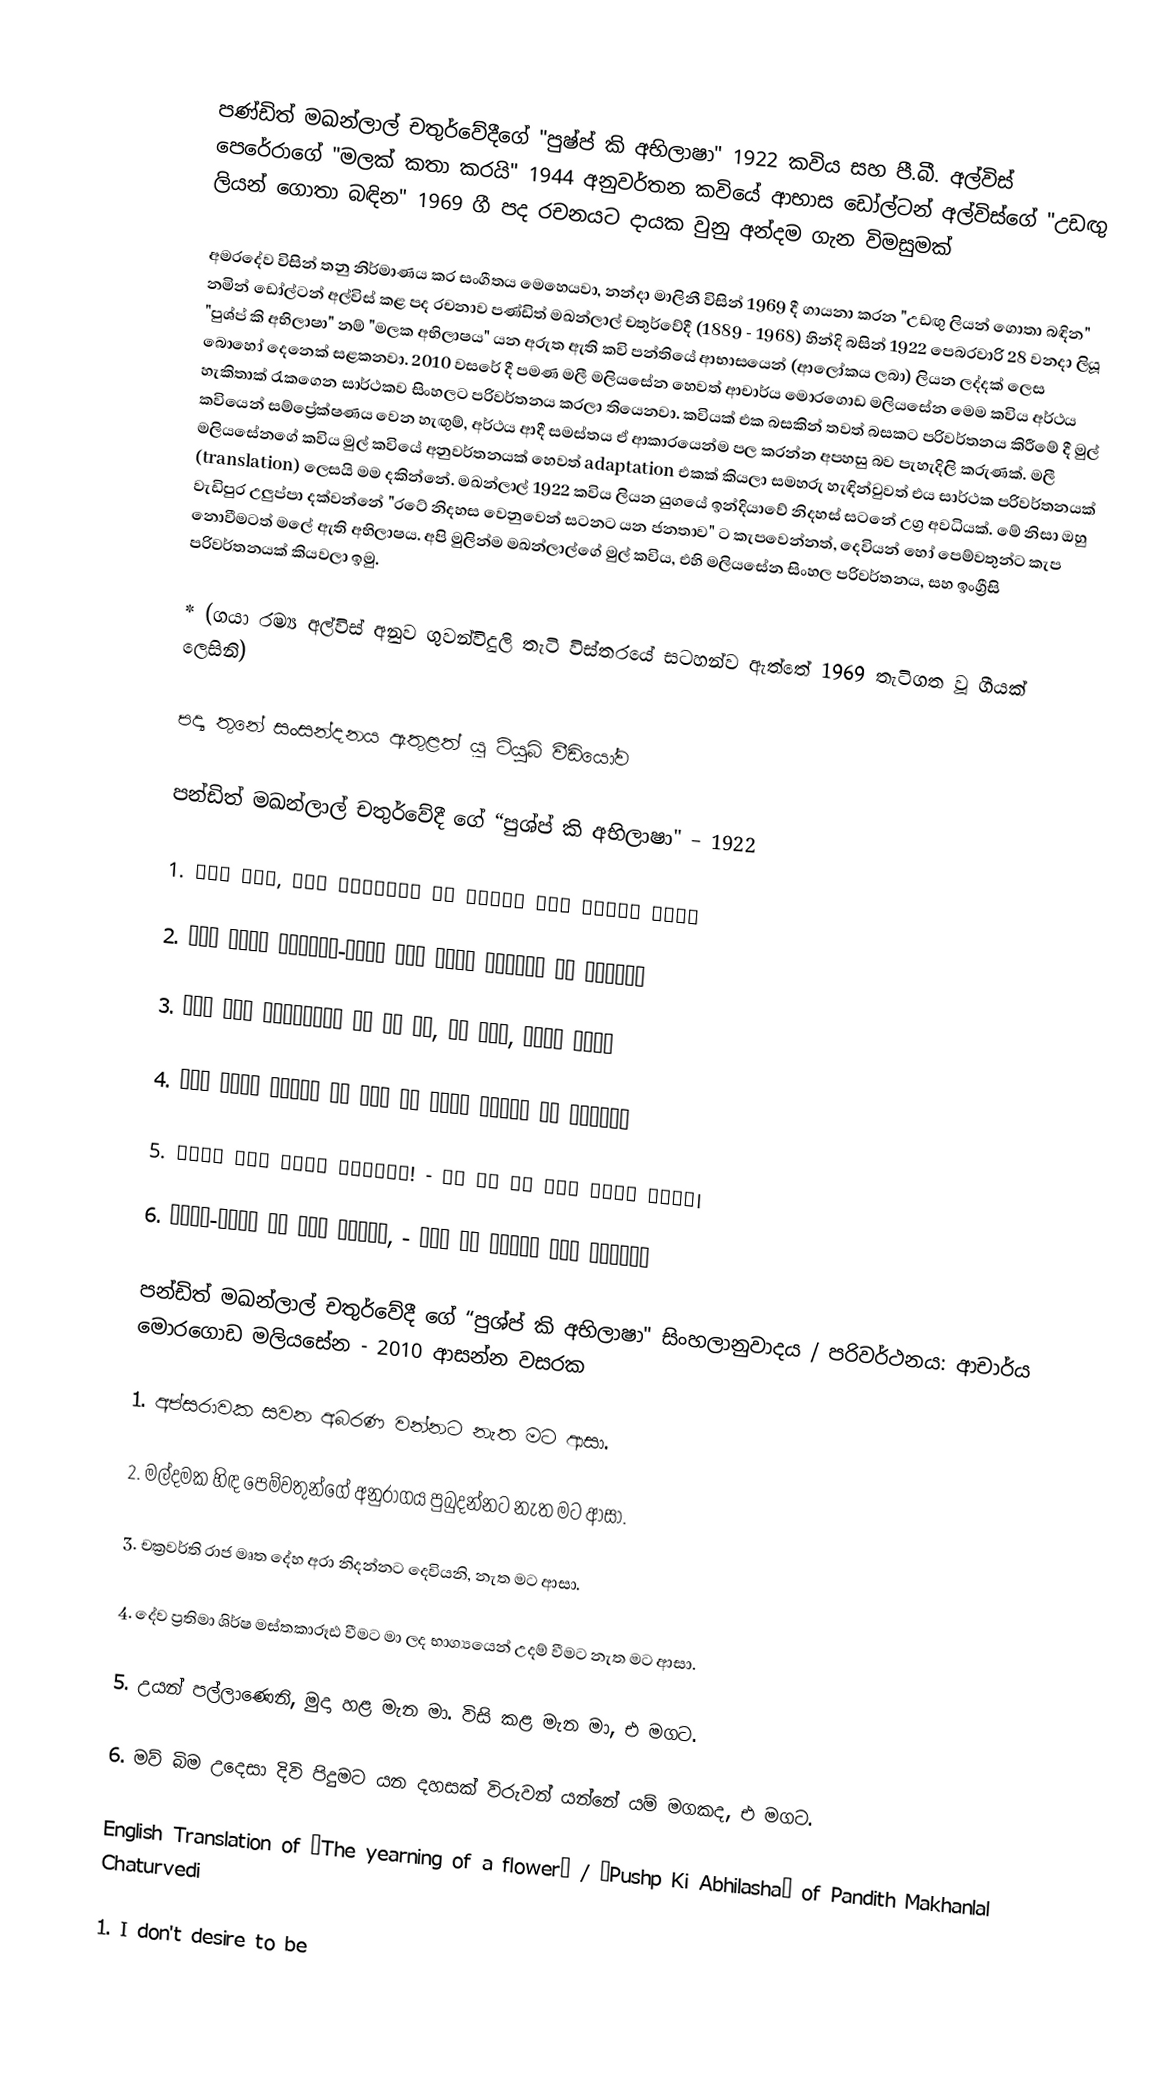

පණ්ඩිත් මඛන්ලාල් චතුර්වේදීගේ "පුෂ්ප් කි අභිලාෂා" 1922 කවිය සහ පී.බී. අල්විස් පෙරේරාගේ "මලක් කතා කරයි" 1944 අනුවර්තන කවියේ ආභාස ඩෝල්ටන් අල්විස්ගේ "උඩඟු ලියන් ගොතා බඳින" 1969 ගී පද රචනයට දායක වුනු අන්දම ගැන විමසුමක්

අමරදේව විසින් තනු නිර්මාණය කර සංගීතය මෙහෙයවා, නන්දා මාලිනී විසින් 1969 දී ගායනා කරන "උඩඟු ලියන් ගොතා බඳින" නමින් ඩෝල්ටන් අල්විස් කළ පද රචනාව පණ්ඩිත් මඛන්ලාල් චතුර්වේදී (1889 - 1968) හින්දි බසින් 1922 පෙබරවාරි 28 වනදා ලියූ "පුශ්ප් කි අභිලාෂා" නම් "මලක අභිලාෂය" යන අරුත ඇති කවි පන්තියේ ආභාසයෙන් (ආලෝකය ලබා) ලියන ලද්දක් ලෙස බොහෝ දෙනෙක් සළකනවා. 2010 වසරේ දී පමණ මලී මලියසේන හෙවත් ආචාර්ය මොරගොඩ මලියසේන මෙම කවිය අර්ථය හැකිතාක් රැකගෙන සාර්ථකව සිංහලට පරිවර්තනය කරලා තියෙනවා. කවියක් එක බසකින් තවත් බසකට පරිවර්තනය කිරීමේ දී මුල් කවියෙන් සම්ප්‍රේක්ෂණය වෙන හැඟුම්, අර්ථය ආදී සමස්තය ඒ ආකාරයෙන්ම පල කරන්න අපහසු බව පැහැදිලි කරුණක්. මලී මලියසේනගේ කවිය මුල් කවියේ අනුවර්තනයක් හෙවත් adaptation එකක් කියලා සමහරු හැඳින්වුවත් එය සාර්ථක පරිවර්තනයක් (translation) ලෙසයි මම දකින්නේ. මඛන්ලාල් 1922 කවිය ලියන යුගයේ ඉන්දියාවේ නිදහස් සටනේ උග්‍ර අවධියක්. මේ නිසා ඔහු වැඩිපුර උලුප්පා දක්වන්නේ "රටේ නිදහස වෙනුවෙන් සටනට යන ජනතාව" ට කැපවෙන්නත්, දෙවියන් හෝ පෙම්වතුන්ට කැප නොවීමටත් මලේ ඇති අභිලාෂය. අපි මුලින්ම මඛන්ලාල්ගේ මුල් කවිය, එහි මලියසේන සිංහල පරිවර්තනය, සහ ඉංග්‍රීසි පරිවර්තනයක් කියවලා ඉමු.

* (ගයා රම්‍ය අල්විස් අනුව ගුවන්විදුලි තැටි විස්තරයේ සටහන්ව ඇත්තේ 1969 තැටිගත වූ ගීයක් ලෙසිනි)

පද්‍ය තුනේ සංසන්දනය ඇතුළත් යූ ටියුබ් වීඩියෝව

පන්ඩිත් මඛන්ලාල් චතුර්වේදී ගේ “පුශ්ප් කි අභිලාෂා" – 1922

1. चाह नही, मैं सुरबाला के गहनों में गूँथा जाऊँ

2. चाह नहीं प्रेमी-माला में बिंध प्यारी को ललचाऊँ

3. चाह नही सम्राटों के शव पर, हे हरि, डाला जाऊँ

4. चाह नहीं देवों के सिर पर चडूँ भाग्य पर इठलाऊँ

5. मुझे तोङ लेना वनमाली! - उस पथ पर तुम देना फेंक।

6. मातृ-भूमि पर शीश चढाने, - जिस पथ जावें वीर अनेक।।

පන්ඩිත් මඛන්ලාල් චතුර්වේදී ගේ “පුශ්ප් කි අභිලාෂා" සිංහලානුවාදය / පරිවර්ථනය: ආචාර්ය මොරගොඩ මලියසේන - 2010 ආසන්න වසරක

1. අප්සරාවක සවන අබරණ වන්නට නැත මට ආසා.

2. මල්දමක හිඳ පෙම්වතුන්ගේ අනුරාගය පුබුදන්නට නැත මට ආසා.

3. චක්‍රවර්ති රාජ මෘත දේහ අරා නිදන්නට දෙවියනි, නැත මට ආසා.

4. දේව ප්‍රතිමා ශිර්ෂ මස්තකාරූඪ වීමට මා ලද භාග්‍යයෙන් උදම් වීමට නැත මට ආසා.

5. උයන් පල්ලාණෙනි, මුදා හළ මැන මා. විසි කළ මැන මා, එ මගට.

6. මව් බිම උදෙසා දිවි පිදුමට යන දහසක් විරුවන් යන්නේ යම් මගකද, එ මගට.

English Translation of “The yearning of a flower” / “Pushp Ki Abhilasha” of Pandith Makhanlal Chaturvedi

1. I don't desire to be